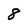
Character: 8